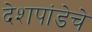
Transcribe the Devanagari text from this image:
देशपांडेचे